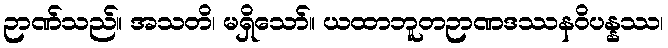
ဉာဏ်သည်။ အသတိ၊ မရှိသော်။ ယထာဘူတဉာဏဒဿနဝိပန္နဿ၊